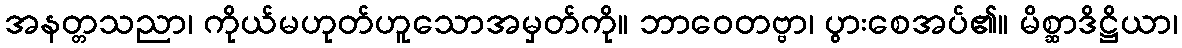
အနတ္တသညာ၊ ကိုယ်မဟုတ်ဟူသောအမှတ်ကို။ ဘာဝေတဗ္ဗာ၊ ပွားစေအပ်၏။ မိစ္ဆာဒိဋ္ဌိယာ၊